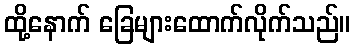
ထို့နောက် ခြေများထောက်လိုက်သည်။